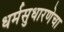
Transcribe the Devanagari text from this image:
धर्मसुधारणेचा